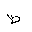
Letter: _za